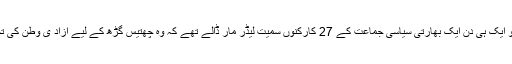
حدما ہی وہ کمانڈر ہے جس نے 2013 کو ایک ہی دن ایک بھارتی سیاسی جماعت کے 27 کارکنوں سمیت لیڈر مار ڈالے تھے کہ وہ چھتیس گڑھ کے لیے آزاد یِ وطن کی تحریک کی مخالفت کرتے پائے گئے تھے۔